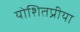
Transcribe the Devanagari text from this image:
योशितप्रीया